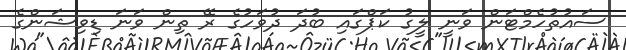
ސައުތުހެމްޓަން ވަނީ ލީގު ކަޕްގައި ބުދަ ދުވަހުގެ ރޭ ތިން ވަނަ ޑިވިޝަންގެ